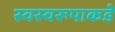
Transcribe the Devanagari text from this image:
स्वस्वरूपाकडे